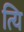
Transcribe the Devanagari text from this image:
त्यि